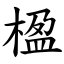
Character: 楹